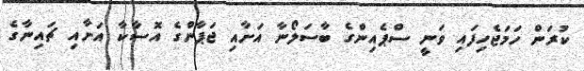
ކުރަން ހަމަޖެހިފައި ވަނީ ސްޕެއިންގެ ބާސަލޯނާ އަށާއި ޖަޕާންގެ އޮސާކާ އަށާއި ޗައިނާގެ